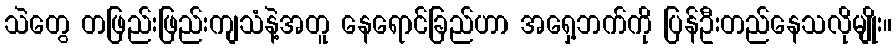
သဲတွေ တဖြည်းဖြည်းကျသံနဲ့အတူ နေရောင်ခြည်ဟာ အရှေ့ဘက်ကို ပြန်ဦးတည်နေသလိုမျိုး။